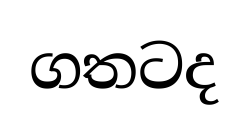
ගතටද